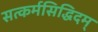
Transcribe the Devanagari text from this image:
सत्कर्मसिद्धिदम्